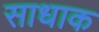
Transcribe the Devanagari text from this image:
साधाक